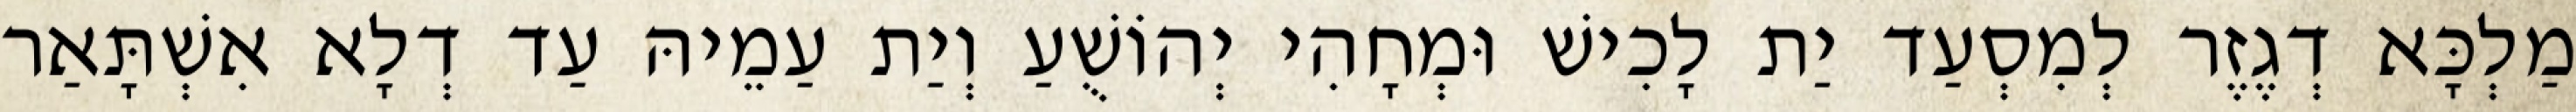
מַלְכָּא דְגֶזֶר לְמִסְעַד יַת לָכִישׁ וּמְחָהִי יְהוֹשֻׁעַ וְיַת עַמֵיהּ עַד דְלָא אִשְׁתָּאַר